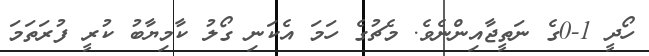
ހޯދީ 1-0ގެ ނަތީޖާއިންނެވެ. މެޗުގެ ހަމަ އެކަނި ގޯލު ކާމިޔާބު ކުރީ ފުރަތަމަ